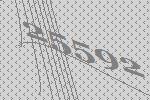
25592